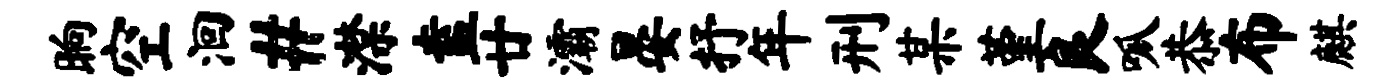
晌空洄#潸盍廿灞晏抒年刑某堇良呱恭布麒